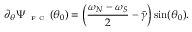
\partial _ { \theta } \Psi _ { \textnormal { \tiny { F C } } } ( \theta _ { 0 } ) = \left( \frac { \omega _ { N } - \omega _ { S } } { 2 } - \widetilde { \gamma } \right) \sin ( \theta _ { 0 } ) .